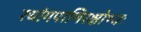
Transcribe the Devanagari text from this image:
रथांगपाणिरक्षोभ्यः